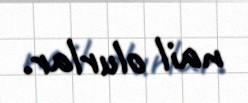
nail olurlar.